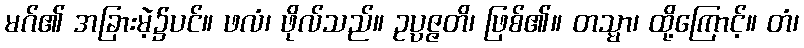
မဂ်၏ အခြားမဲ့၌ပင်။ ဖလံ၊ ဖိုလ်သည်။ ဥပ္ပဇ္ဇတိ၊ ဖြစ်၏။ တသ္မာ၊ ထို့ကြောင့်။ တံ၊